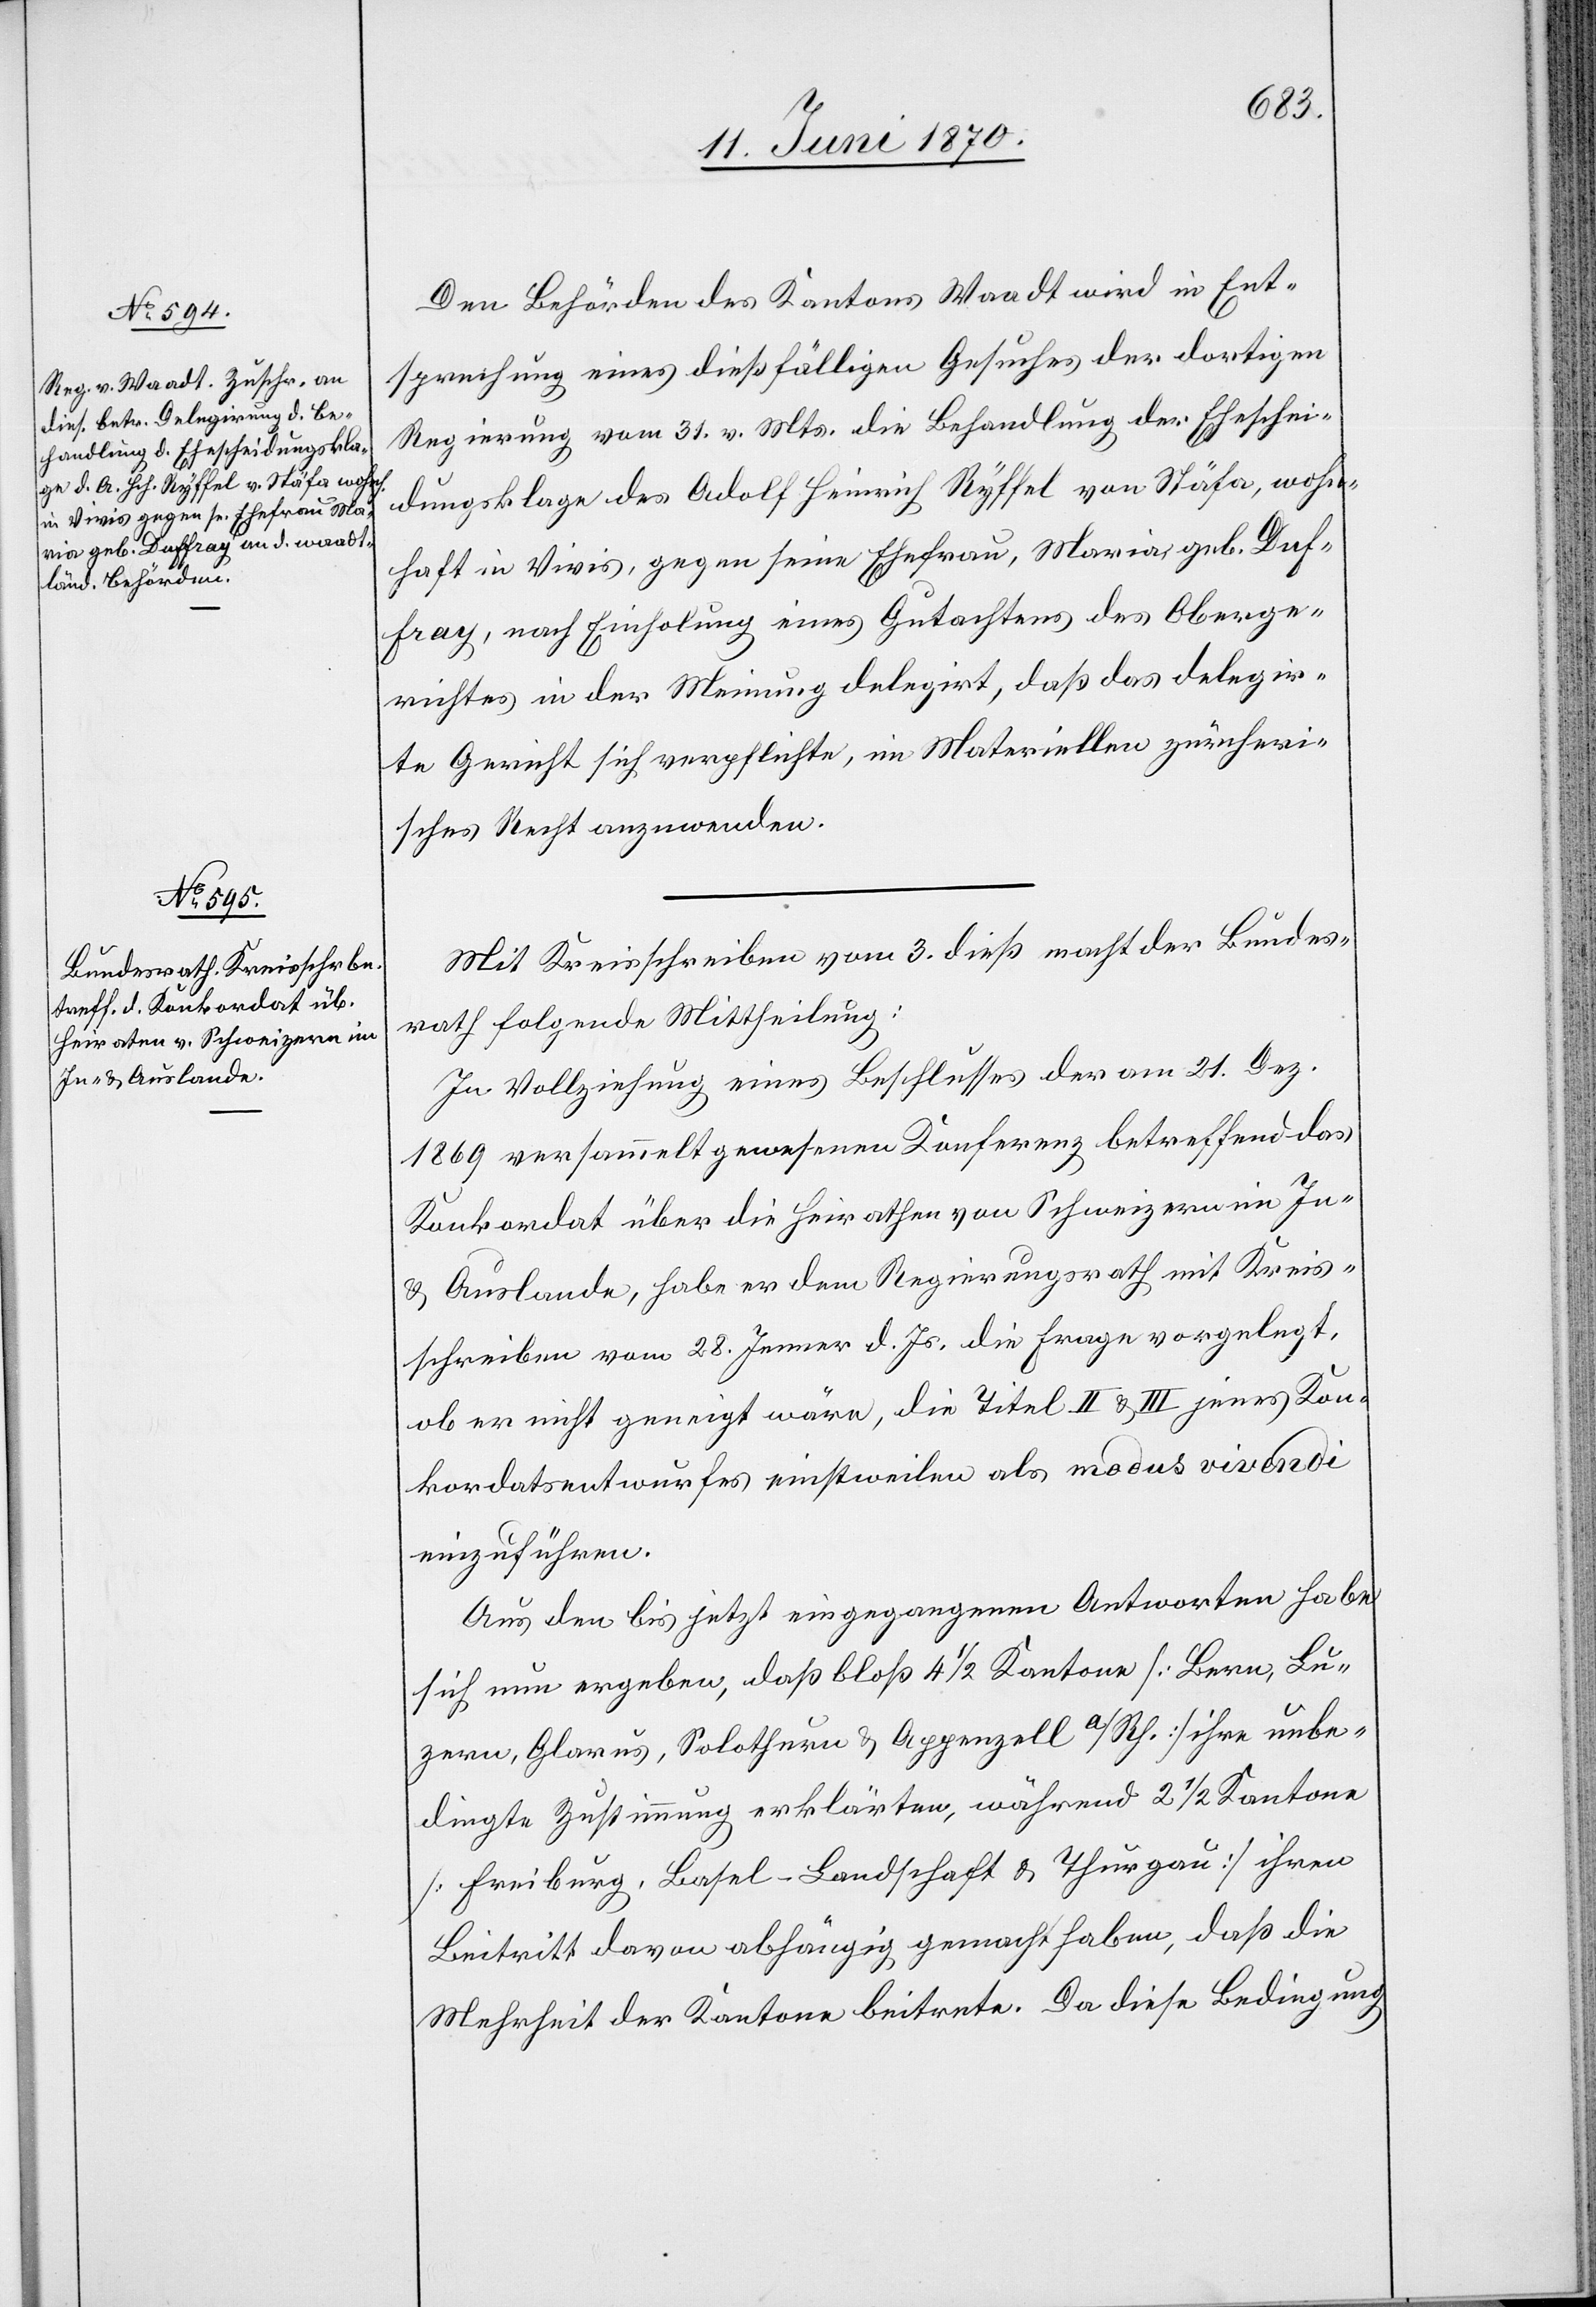
Den Behörden des Kantons Waadt wird in Ent¬
sprechung eines dießfälligen Gesuches der dortigen
Regierung vom 31. v. Mts. die Behandlung der Eheschei¬
dungsklage des Adolf Heinrich Ryffel von Stäfa, wohn¬
haft in Vivis, gegen seine Ehefrau, Maria, geb. Duf¬
fay, nach Einholung eines Gutachtens des Oberge¬
richtes in der Meinung delegirt, daß das delegir¬
te Gericht sich verpflichte, im Materiellen zürcheri¬
sches Recht anzuwenden.
Mit Kreisschreiben vom 3. dieß macht der Bundes¬
rath folgende Mittheilung:
In Vollziehung eines Beschlusses der am 21. Dez.
1869 versammelt gewesenen Konferenz betreffend das
Konkordat über die Heirathen von Schweizern im In-
& Auslande, habe er dem Regierungsrath mit Kreis¬
schreiben vom 28. Jenner d. Js., die Frage vorgelegt,
ob er nicht geneigt, wäre, die Titel II & III jenes Kon¬
kordatsentwurfes einstweilen als modus vivendi
einzuführen.
Aus den bis jetzt eingegangenen Antworten habe
sich nun ergeben, daß bloß 4 1/2 Kantone [Bern, Lu¬
zern, Glarus, Solothurn & Appenzell a/Rh.] ihre unbe¬
dingte Zustimmung erklärten, während 2 1/2 Kantone
[Freiburg, Basel-Landschaft & Thurgau] ihren
Beitritt davon abhängig gemacht haben, daß die
Mehrheit der Kantone beitrete. Da diese Bedingung